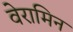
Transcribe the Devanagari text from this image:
वेरामिन